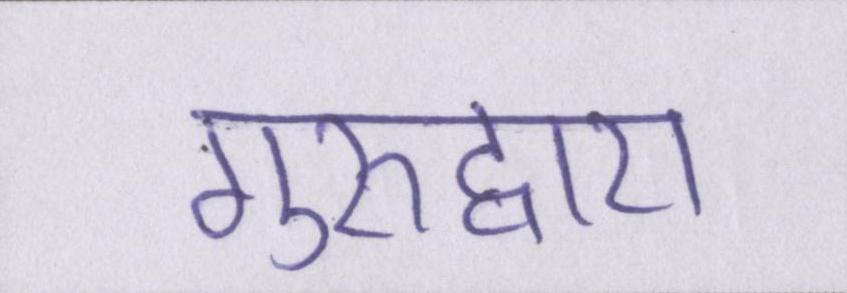
गुरुद्वारा